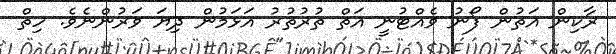
ރާކިން އަތުން ފޯނު ވެއްޓުނީ އަތް ތުރުތުރު އަޅަމުން ދިޔަ ވަރުންނެވެ. ހިތް